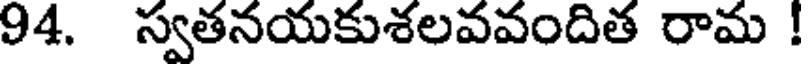
94. స్వతనయకుశలవవందిత రామ !